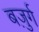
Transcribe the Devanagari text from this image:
बज़ुर्ग